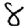
Digit: 8